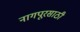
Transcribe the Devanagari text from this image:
नागपूरसाठी